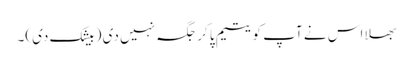
بھلا اس نے آپ کو یتیم پا کر جگہ نہیں دی ( بیشک دی)۔